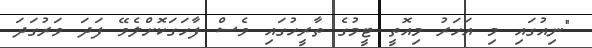
"ނިއުގައި މި އަހަރު މިއޮތީ ޓީމުގެ ތާރީހުގައި ވެސް ފާހަގަކޮށްލެވޭ ފަދަ ވަރުގަދަ